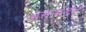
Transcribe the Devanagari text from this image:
भक्तमंडळ